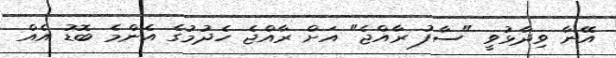
އޭނާ ވިދާޅުވީ "ސާފު ރާއްޖެ" އަށް ރާއްޖެ ހެދުމުގެ އެންމެ ބޮޑު އެއް